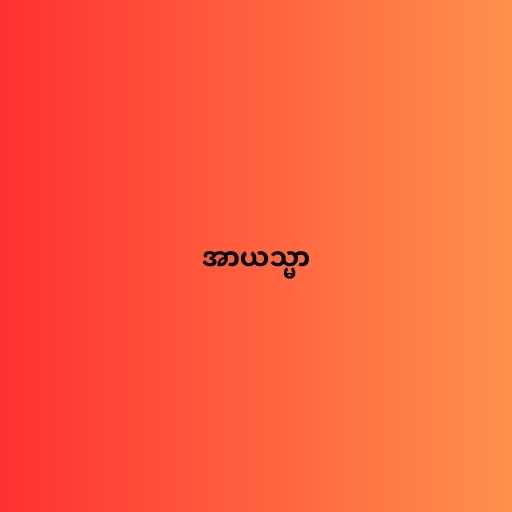
အာယသ္မာ